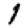
Digit: 1